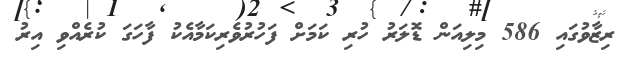
ރިޒާވުގައި 586 މިލިއަން ޑޮލަރު ހުރި ކަމަށް ފަހުރުވެރިކަމާއެކު ފާހަގަ ކުރެއްވި އިރު